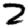
Digit: 2